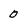
Character: 0